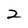
Character: 2